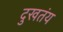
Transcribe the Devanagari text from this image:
दुखतंय